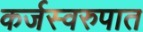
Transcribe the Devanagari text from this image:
कर्जस्वरुपात